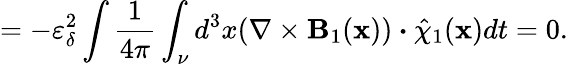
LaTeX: =-\varepsilon_{\delta}^{2}\intop\frac{1}{4\pi}\int_{\nu}d^{3}x(\nabla\times\textbf{B}_{1}(\textbf{x}))\boldsymbol{\cdot}\hat{\chi}_{1}(\textbf{x})dt=0.